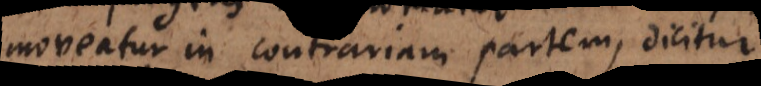
moveatur in contrariam partem, dicitur